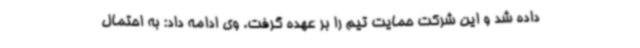
داده شد و این شرکت حمایت تیم را بر عهده گرفت. وی ادامه داد: به احتمال